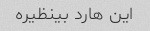
این هارد بینظیره